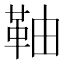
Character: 䩜